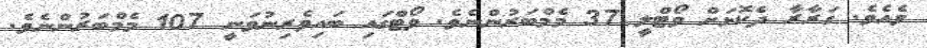
ވެއެވެ. ގަރާރާ ދެކޮޅަށް ވޯޓްލީ 37 މެމްބަރުންނެވެ. ވޯޓްގައި ބައިވެރިނުވަނީ 107 މެމްބަރުންނެވެ.